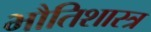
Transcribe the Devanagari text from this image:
भौतिशास्त्र